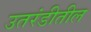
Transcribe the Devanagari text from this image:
उतरंडीतील